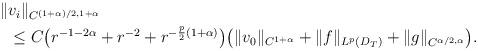
LaTeX: \begin{align*}\begin{aligned}\|&v_{i}\|_{C^{(1+\alpha)/2,1+\alpha}}\\&\leq C\big(r^{-1-2\alpha}+r^{-2}+r^{-\frac{p}{2}(1+\alpha)}\big)\big(\|v_{0}\|_{C^{1+\alpha}}+\|f\|_{L^p(D_T)}+\|g \|_{C^{\alpha/2,\alpha}}\big).\end{aligned}\end{align*}